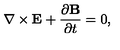
\nabla \times { \bf E } + \frac { \partial { \bf B } } { \partial t } = 0 ,